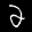
Label: 2